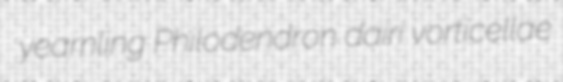
yearnling Philodendron dairi vorticellae